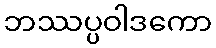
ဘဿပ္ပဝါဒကော